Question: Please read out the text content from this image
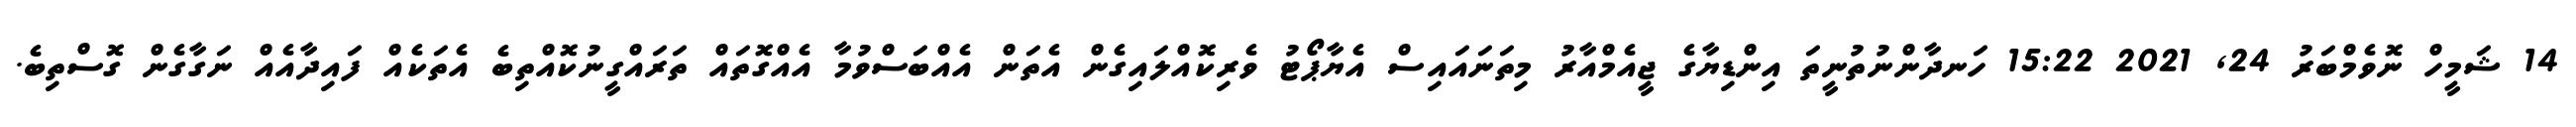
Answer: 14 ޝަމީހް ނޮވެމްބަރު 24, 2021 15:22 ހަނދާންނުތުނީތަ އިންޑިޔާގެ ޖީއެމްއާރު މިތަނައައިސް އެޔާޕޯޓު ވެރިކޮއްލައިގެން އެތަން އެއްބަސްވުމާ އެއްގޮތައް ތަރައްގީނުކޮއްތިބެ އެތަކެއް ފައިދާއެއް ނަގާގެން ގޮސްތިބެ.